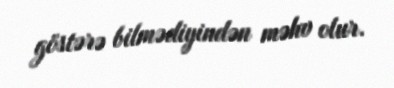
göstərə bilmədiyindən məhv olur.